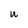
Character: U